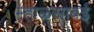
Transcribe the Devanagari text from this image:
म्हाळसाबई